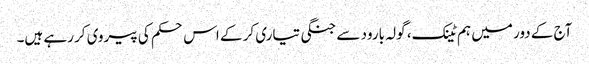
آج کے دور میں ہم ٹینک، گولہ بارود سے جنگی تیاری کر کے اس حکم کی پیروی کر رہے ہیں۔